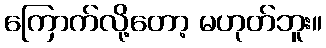
ကြောက်လို့တော့ မဟုတ်ဘူး။